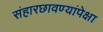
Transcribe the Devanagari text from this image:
संहारछावण्यांपेक्षा